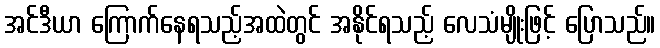
အင်ဒီယာ ကြောက်နေရသည့်အထဲတွင် အနိုင်ရသည့် လေသံမျိုးဖြင့် ပြောသည်။